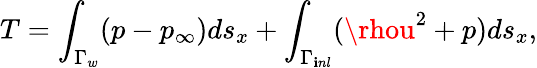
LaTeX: T=\int_{\Gamma_{w}}(p-p_{\infty})ds_{x}+\int_{\Gamma_{\mathbf{i}nl}}(\rhou^{2}+p)ds_{x},